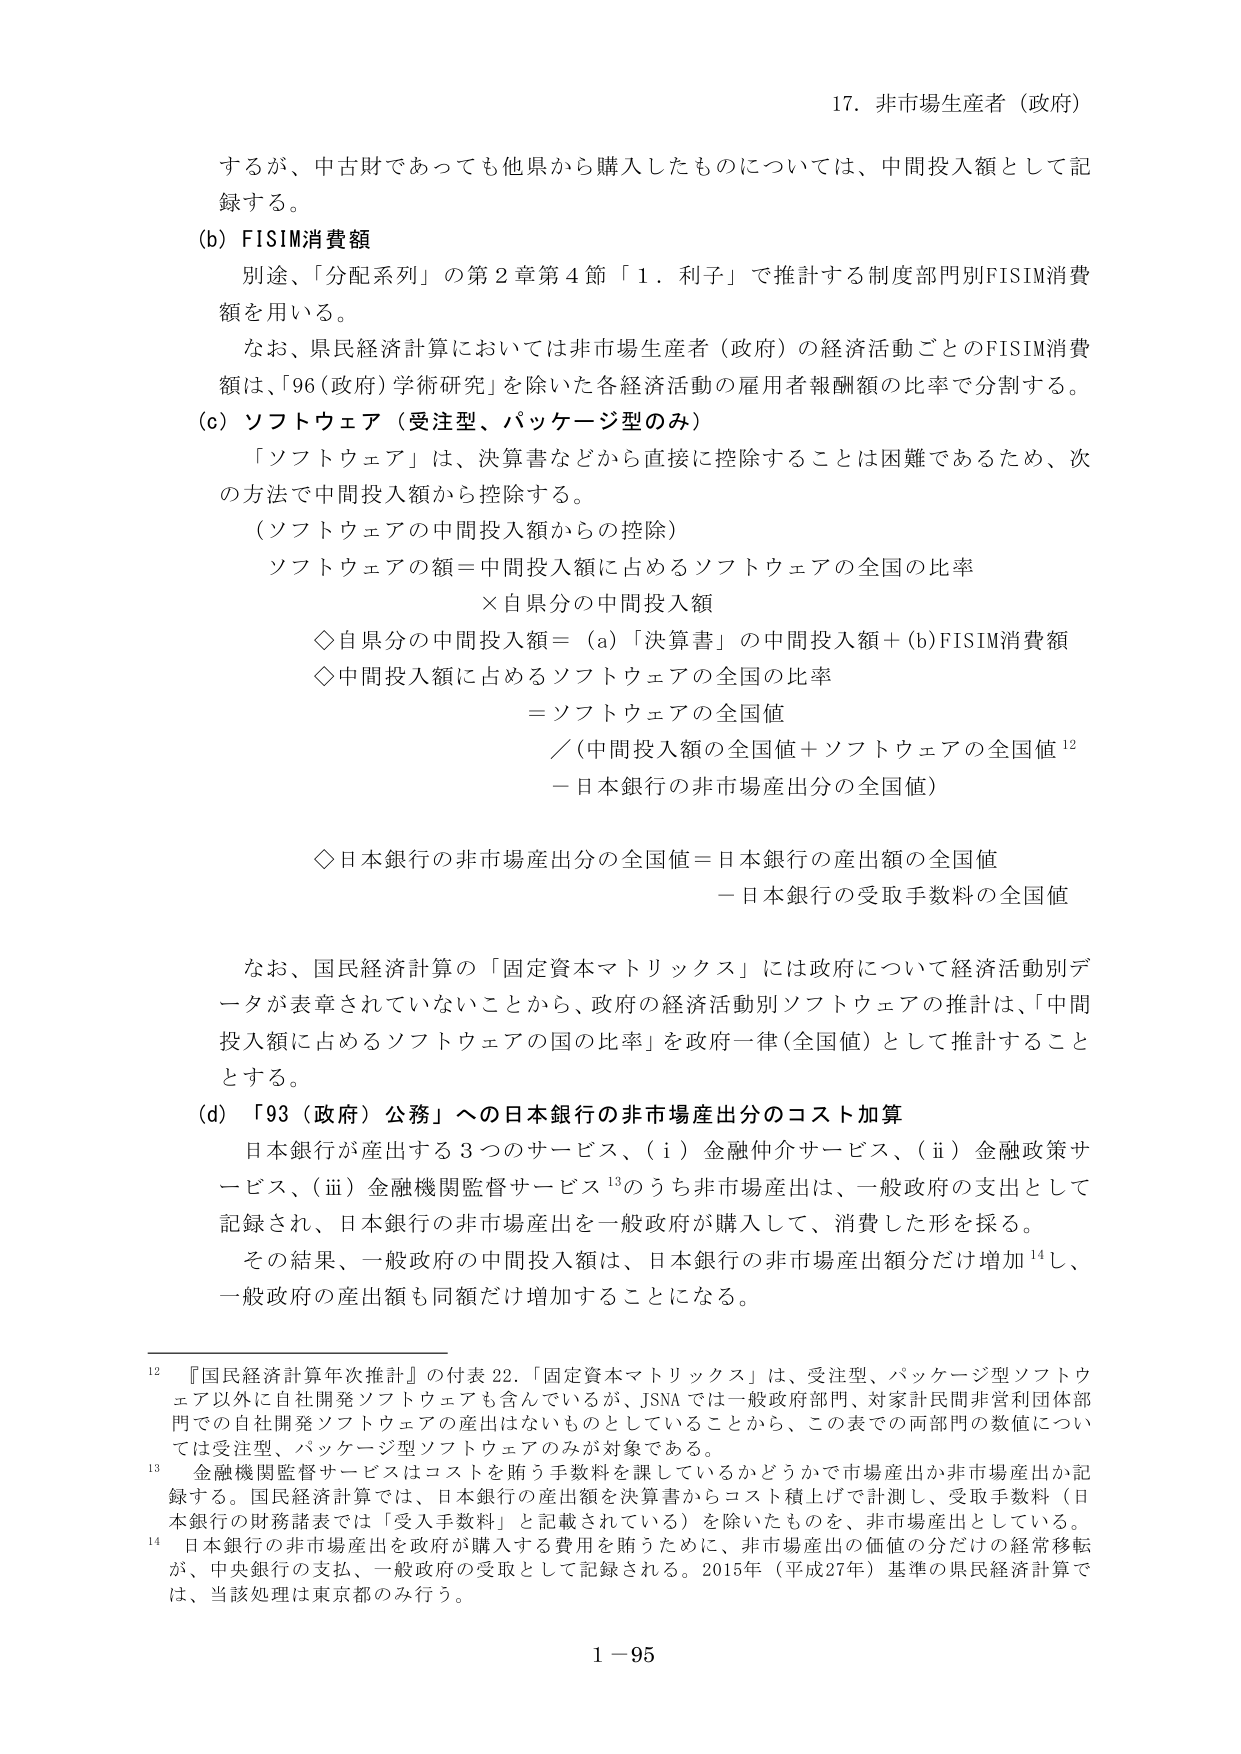
17. 非市場生産者（政府）

するが、中古財であっても他県から購入したものについては、中間投入額として記録する。

(b) FISIM消費額
別途、「分配系列」の第2章第4節「1．利子」で推計する制度部門別FISIM消費額を用いる。
なお、県民経済計算においては非市場生産者（政府）の経済活動ごとのFISIM消費額は、「96（政府）学術研究」を除いた各経済活動の雇用者報酬額の比率で分割する。

(c) ソフトウェア（受注型、パッケージ型のみ）
「ソフトウェア」は、決算書などから直接に控除することは困難であるため、次の方法で中間投入額から控除する。
（ソフトウェアの中間投入額からの控除）
ソフトウェアの額＝中間投入額に占めるソフトウェアの全国の比率
　　×自県分の中間投入額
◇自県分の中間投入額＝（a）「決算書」の中間投入額＋（b）FISIM消費額
◇中間投入額に占めるソフトウェアの全国の比率
　　＝ソフトウェアの全国値
　　／（中間投入額の全国値＋ソフトウェアの全国値¹²
　　－日本銀行の非市場産出分の全国値）
◇日本銀行の非市場産出分の全国値＝日本銀行の産出額の全国値
　　－日本銀行の受取手数料の全国値

なお、国民経済計算の「固定資本マトリックス」には政府について経済活動別データが表章されていないことから、政府の経済活動別ソフトウェアの推計は、「中間投入額に占めるソフトウェアの国の比率」を政府一律（全国値）として推計することとする。

(d) 「93（政府）公務」への日本銀行の非市場産出分のコスト加算
日本銀行が産出する3つのサービス、（i）金融仲介サービス、（ii）金融政策サービス、（iii）金融機関監督サービス¹³のうち非市場産出は、一般政府の支出として記録され、日本銀行の非市場産出を一般政府が購入して、消費した形を採る。
その結果、一般政府の中間投入額は、日本銀行の非市場産出額分だけ増加¹⁴し、一般政府の産出額も同額だけ増加することになる。

¹²『国民経済計算年次推計』の付表22.「固定資本マトリックス」は、受注型、パッケージ型ソフトウェア以外に自社開発ソフトウェアも含んでいるが、JSNAでは一般政府部門、対家計民間非営利団体部門での自社開発ソフトウェアの産出はないものとしていることから、この表での両部門の数値については受注型、パッケージ型ソフトウェアのみが対象である。
¹³金融機関監督サービスはコストを賄う手数料を課しているかどうかで市場産出か非市場産出か記録する。国民経済計算では、日本銀行の産出額を決算書からコスト積上げで計測し、受取手数料（日本銀行の財務諸表では「受入手数料」と記載されている）を除いたものを、非市場産出としている。
¹⁴日本銀行の非市場産出を政府が購入する費用を賄うために、非市場産出の価値の分だけの経常移転が、中央銀行の支払、一般政府の受取として記録される。2015年（平成27年）基準の県民経済計算では、当該処理は東京都のみ行う。

1－95